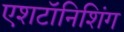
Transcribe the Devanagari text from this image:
एशटॉनिशिंग